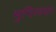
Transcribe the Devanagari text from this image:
मुगिलया